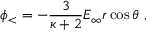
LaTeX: \phi _ { < } = - { \frac { 3 } { \kappa + 2 } } E _ { \infty } r \cos \theta \ ,